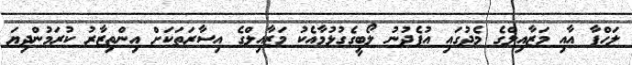
ލަހްފާ އާއި މަޒާއިލްގެ މެދުގައި އުފެދުނު ލޯބީގެގުޅުމާއެކު މަޒާއިލްގެ އިސާރަތަކަށް އިންތިޒާރު ކުރަމުންދިޔަ